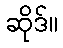
ဆိုဒ်။